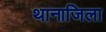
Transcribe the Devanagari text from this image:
थानाजिला